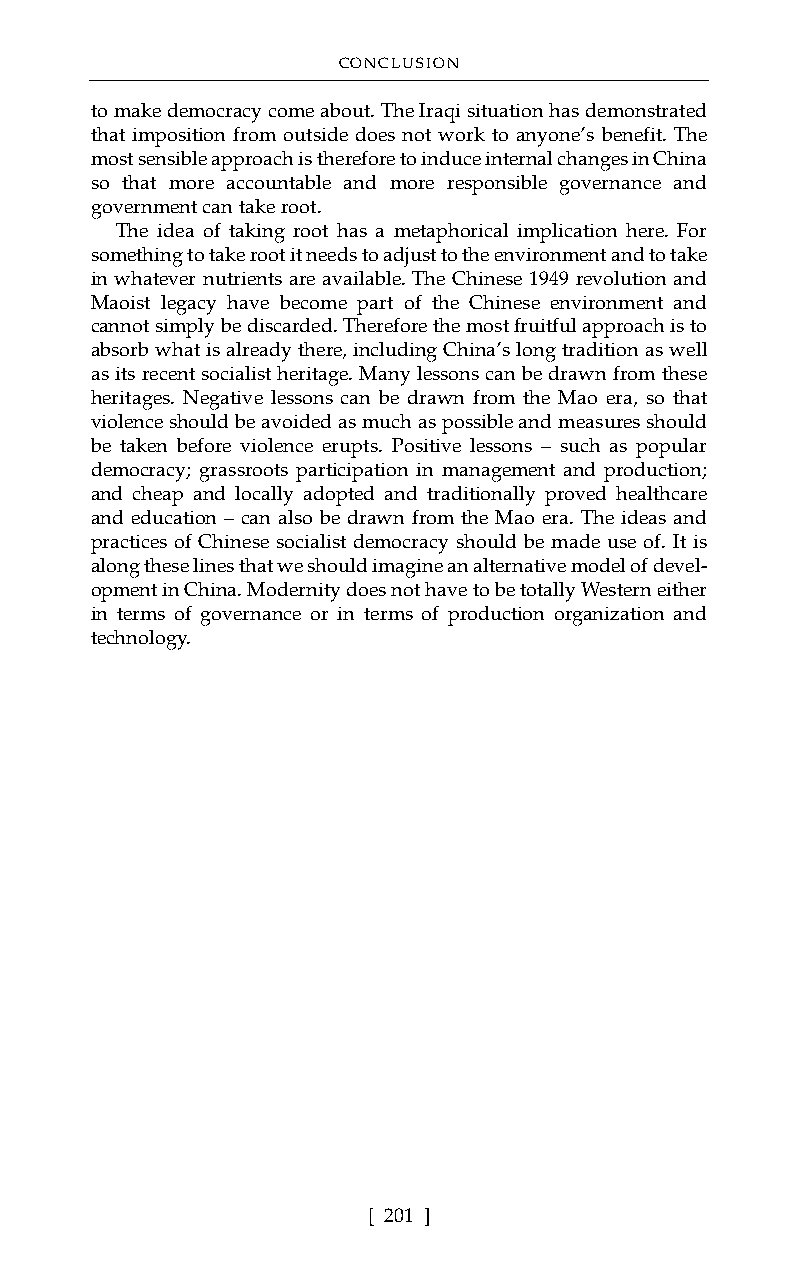
CONCLUSION
 to make democracy come about. The Iraqi situation has demonstrated
 that imposition from outside does not work to anyone’s benefit. The
 most sensible approach is therefore to induce internal changes in China
 so that more accountable and more responsible governance and
 government can take root.
 The idea of taking root has a metaphorical implication here. For
 something to take root it needs to adjust to the environment and to take
 in whatever nutrients are available. The Chinese 1949 revolution and
 Maoist legacy have become part of the Chinese environment and
 cannot simply be discarded. Therefore the most fruitful approach is to
 absorb what is already there, including China’s long tradition as well
 as its recent socialist heritage. Many lessons can be drawn from these
 heritages. Negative lessons can be drawn from the Mao era, so that
 violence should be avoided as much as possible and measures should
 be taken before violence erupts. Positive lessons – such as popular
 democracy; grassroots participation in management and production;
 and cheap and locally adopted and traditionally proved healthcare
 and education – can also be drawn from the Mao era. The ideas and
 practices of Chinese socialist democracy should be made use of. It is
 along these lines that we should imagine an alternative model of devel-
 opment in China. Modernity does not have to be totally Western either
 in terms of governance or in terms of production organization and
 technology.
 [ 201 ]